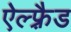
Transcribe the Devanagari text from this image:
ऐल्फ़्रैड